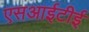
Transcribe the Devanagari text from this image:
एसआईटीई